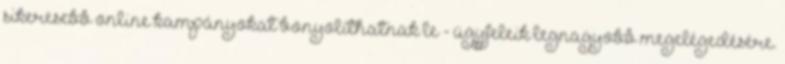
sikeresebb online kampányokat bonyolíthatnak le - ügyfeleik legnagyobb megelégedésére.